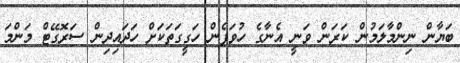
ބަޔާން ނިންމާލަމުން ކަރަން ވަނީ އެނާގެ ހުވަފެން ހަގީގަތަކަށް ހަދައިދިން ސަރޮގޭޓް މަންމަ